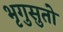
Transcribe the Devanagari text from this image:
भृगुसुतो